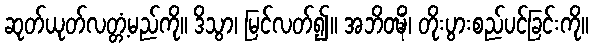
ဆုတ်ယုတ်လတ္တံ့မည်ကို။ ဒိသွာ၊ မြင်လတ်၍။ အဘိဝဍ္ဎိံ၊ တိုးပွားစည်ပင်ခြင်းကို။